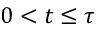
0 < t \leq \tau